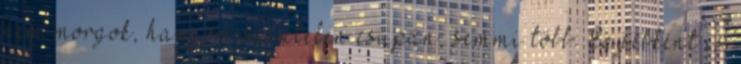
nem morgok, hangom színtelen csupán, semmi több. Egyébként is